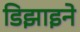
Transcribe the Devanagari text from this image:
डिझाइने